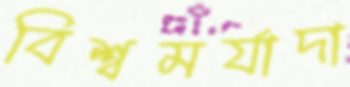
বিশ্বমর্যাদা